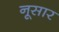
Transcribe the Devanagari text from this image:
नूसार